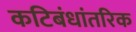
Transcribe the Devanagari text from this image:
कटिबंधांतरिक